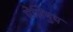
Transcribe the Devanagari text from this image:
ऐज़िमुथ